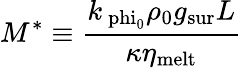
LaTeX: M^{*}\equiv\frac{k_{\mathrm{\ phi_{\mathrm{0}}}}\rho_{0}{g_{\mathrm{sur}}}L}{\kappa\eta_{\mathrm{melt}}}